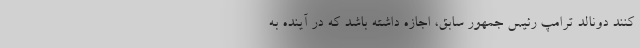
کنند دونالد ترامپ رئیس جمهور سابق، اجازه داشته باشد که در آینده به